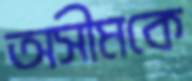
অসীমকে